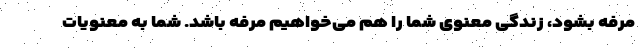
مرفه بشود، زندگی معنوی شما را هم می‌خواهیم مرفه باشد. شما به معنویات